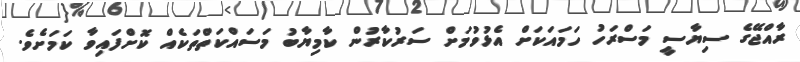
ރާއްޖޭގެ ސިޔާސީ މަސްރަހު ހަމައަކަށް އެޅުވުމަށް ސަރުކާރުން ކާމިޔާބު މަސައްކަތްތަކެއް ކޮށްފައިވާ ކަމަށެވެ.